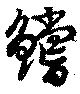
鱨